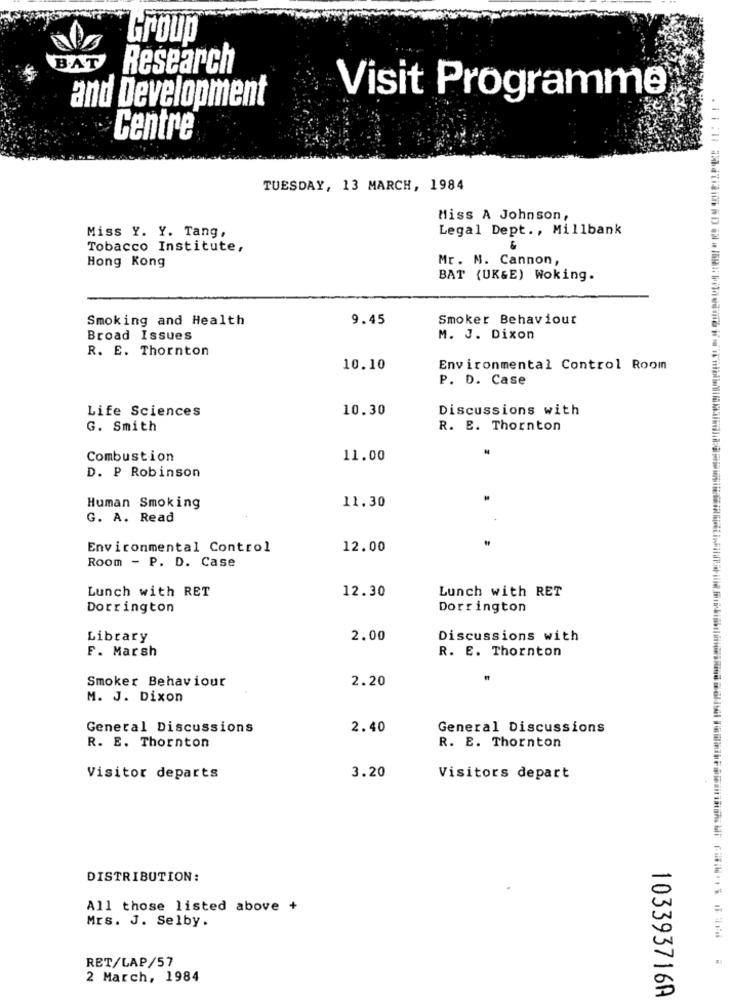
Group
B.AT
Research
Visit Programme
and Development
Centre
TUESDAY, 13 MARCH, 1984
Miss A Johnson,
Legal Dept ., Millbank
Miss Y. Y. Tang,
Tobacco Institute,
Mr. N. Cannon,
Hong Kong
BAT (UK&E) Woking.
Smoking and Health
9.45
Smoker Behaviour
Broad Issues
M. J. Dixon
R. E. Thornton
10.10
Environmental Control Room
P. D. Case
Life Sciences
10.30
Discussions with
G. Smith
R. E. Thornton
Combustion
11.00
D. P Robinson
11.30
Human Smoking
G. A. Read
Environmental Control
12.00
Room - P. D. Case
Lunch with RET
12.30
Lunch with RET
Dorrington
Dorrington
Library
2.00
Discussions with
F. Marsh
R. E. Thornton
Smoker Behaviour
2.20
M. J. Dixon
General Discussions
2.40
General Discussions
R. E. Thornton
R. E. Thornton
Visitor departs
3.20
Visitors depart
DISTRIBUTION:
All those listed above +
Mrs. J. Selby.
RET/LAP/57
2 March, 1984
103393716A